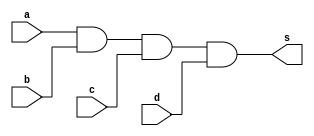
//Nome: Raphaela Fernanda Silva

module letraj (s,a,b,c,d);
output s;
input a,b,c,d;

and AND1(s, a,b,c,d);

endmodule

module testletraj;

wire s;
reg a,b,c,d;

letraj LJ (s,a,b,c,d);

 initial begin
      $display("a  b   c   d  s");
      $monitor("%b  %b   %b   %b  %b", a, b, c, d, s);
  
	     a=0; b=0; c=0; d=0;  
    #1  a=0; b=0; c=0; d=1;
    #1  a=0; b=0; c=1; d=0;
    #1  a=0; b=0; c=1; d=1;
    #1  a=0; b=1; c=0; d=0;
 	 #1  a=0; b=1; c=0; d=1;
    #1  a=0; b=1; c=1; d=0;
    #1  a=0; b=1; c=1; d=1;
    #1  a=1; b=0; c=0; d=0;
    #1  a=1; b=0; c=0; d=1;
    #1  a=1; b=0; c=1; d=0;
    #1  a=1; b=0; c=1; d=1;
    #1  a=1; b=1; c=0; d=0;
    #1  a=1; b=1; c=0; d=1;
    #1  a=1; b=1; c=1; d=0;
    #1  a=1; b=1; c=1; d=1;


        
    end
    endmodule